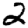
Digit: 2